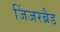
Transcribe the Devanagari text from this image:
जिंजरब्रैड